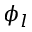
\phi _ { l }